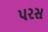
પરસ